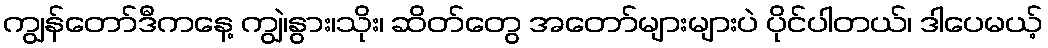
ကျွန်တော်ဒီကနေ့ ကျွဲ၊နွား၊သိုး၊ ဆိတ်တွေ အတော်များများပဲ ပိုင်ပါတယ်၊ ဒါပေမယ့်